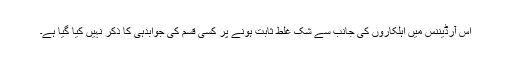
اس آرڈیننس میں اہلکاروں کی جانب سے شک غلط ثابت ہونے پر کسی قسم کی جوابدہی کا ذکر نہیں کیا گیا ہے۔